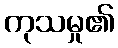
ကုသမှု၏